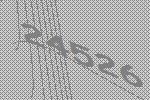
24526